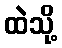
ထဲသို့